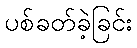
ပစ်ခတ်ခဲ့ခြင်း